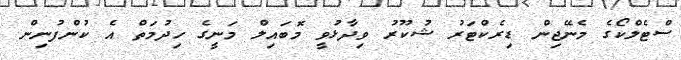
ސްޓެލްކޯގެ މެނޭޖިން ޑިރެކްޓަރު ޝުކޫރު ވިދާޅުވީ މޮބައިލް މަނީގެ ހިދުމަތް އެ ކުންފުނިން